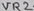
Text: VR2